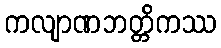
ကလျာဏဘတ္တိကဿ